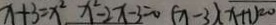
x + 3 = x ^ { 2 } x ^ { 2 } - 2 x - 3 = 0 ( x - 3 ) ( x + 1 ) = 0